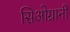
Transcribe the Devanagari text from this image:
सिओग्रानी